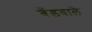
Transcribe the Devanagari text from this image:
बँडवाले